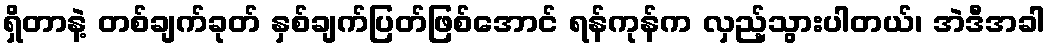
ရှိတာနဲ့ တစ်ချက်ခုတ် နှစ်ချက်ပြတ်ဖြစ်အောင် ရန်ကုန်က လှည့်သွားပါတယ်၊ အဲဒီအခါ